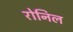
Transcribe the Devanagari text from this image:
रोनिल